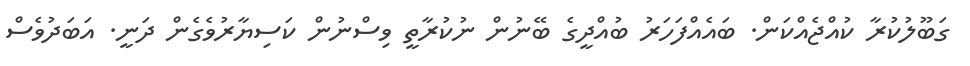
ގަބޫލުކުރާ ކުއްޖެއްކަން. ބައެއްފަހަރު ބުއްދީގެ ބޭނުން ނުކުރާތީ ވިސްނުން ކަސިޔާރުވެގެން ދަނީ. އަބަދުވެސް